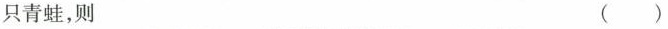
只青蛙，则（）